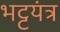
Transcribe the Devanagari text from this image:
भट्टयंत्र